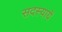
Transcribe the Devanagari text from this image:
सदस्यायें